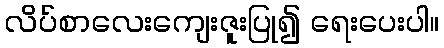
လိပ်စာလေးကျေးဇူးပြု၍ ရေးပေးပါ။